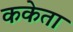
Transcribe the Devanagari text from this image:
ककेता